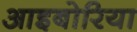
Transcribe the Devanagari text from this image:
आइबोरिया